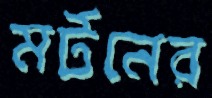
মর্টনের